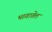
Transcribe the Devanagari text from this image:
भागातेल